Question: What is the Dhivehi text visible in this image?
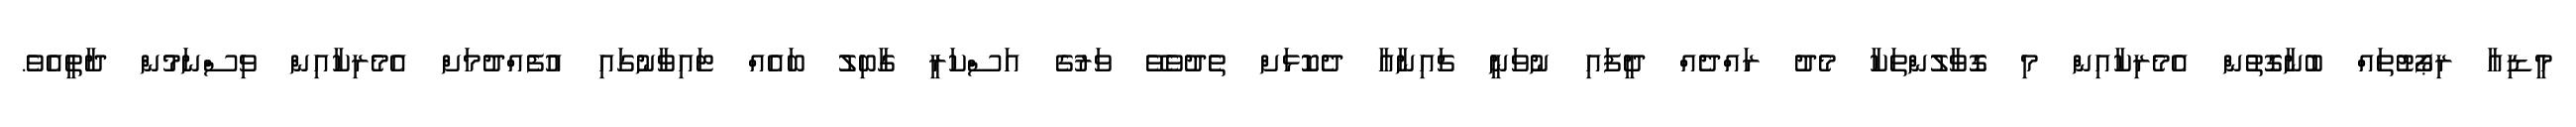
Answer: މީޑިއާ ރިޕޯޓުތައް ބުނާގޮތުން އެމެރިކާއިން މި ގޮވާލުންތަކާ މެދު ރައްދެއް ދީފައި ނުވަނީ ޗައިނާއާ ދެކޮޅަށް ތެދުވެވޭ ވަރުގެ އަސްކަރީ ގާބިލު ބައެއް ޓައިވާނުގައި އުފެއްދުމަށް އެމެރިކާއިން ވިސްނަމުން ދާތީއެވެ.